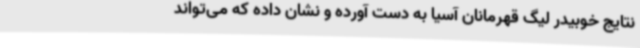
نتایج خوبیدر لیگ قهرمانان آسیا به دست آورده و نشان داده که می‌تواند